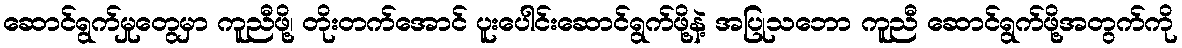
ဆောင်ရွက်မှုတွေမှာ ကူညီဖို့၊ တိုးတက်အောင် ပူးပေါင်းဆောင်ရွက်ဖို့နဲ့ အပြုသဘော ကူညီ ဆောင်ရွက်ဖို့အတွက်ကို